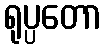
ရုပ္ပတော